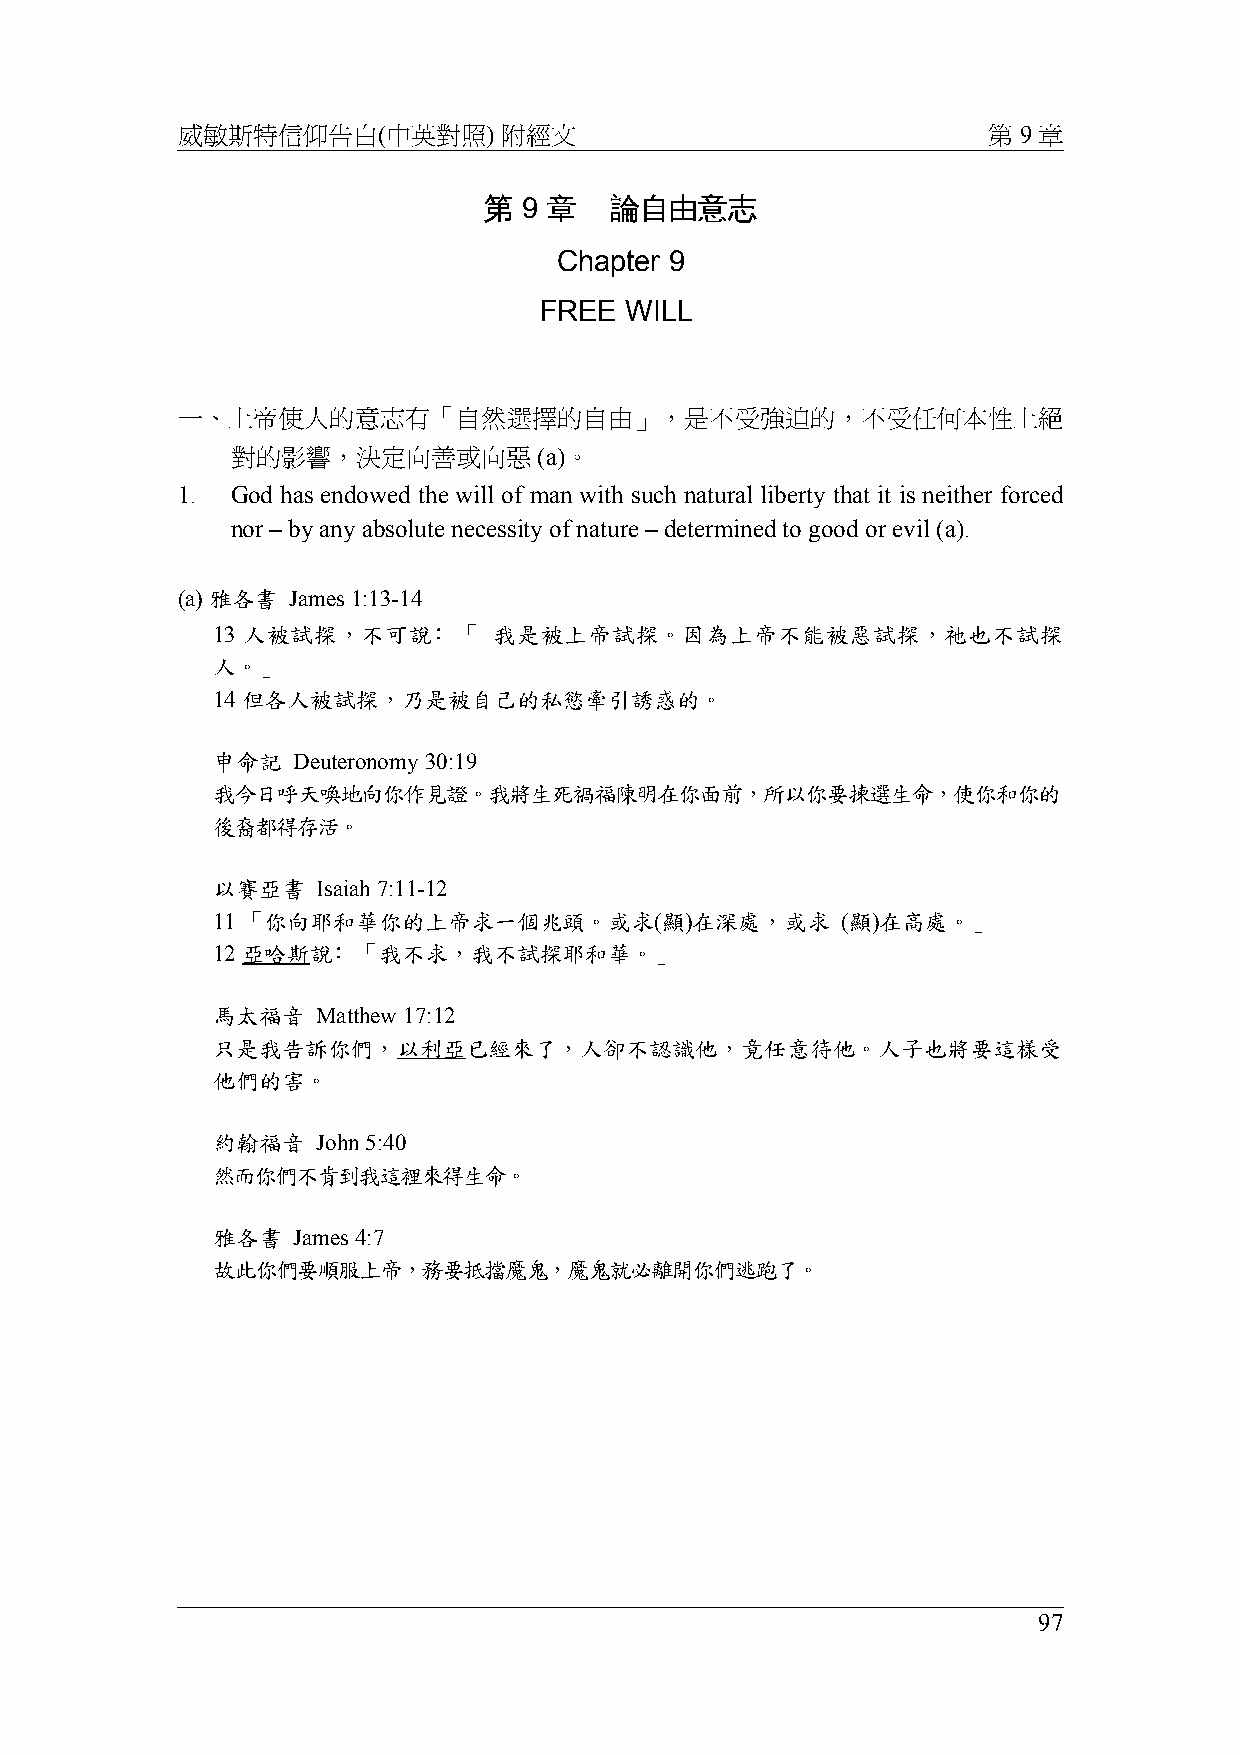
威敏斯特信仰告白(中英對照)       附經文                             第 9 章
 第  9 章  論自由意志
 Chapter 9
 FREE WILL
 一、上帝使人的意志有「自然選擇的自由」，是不受強迫的，不受任何本性上絕
 對的影響，決定向善或向惡         (a)。
 1. God has endowed the will of man with such natural liberty that it is neither forced
 nor – by any absolute necessity of nature – determined to good or evil (a).
 (a) 雅各書 James 1:13-14
 13 人被試探，不可說﹕「      我是被上帝試探。因為上帝不能被惡試探，祂也不試探
 人。」
 14 但各人被試探，乃是被自己的私慾牽引誘惑的。
 申命記  Deuteronomy 30:19
 我今日呼天喚地向你作見證。我將生死禍福陳明在你面前，所以你要揀選生命，使你和你的
 後裔都得存活。
 以賽亞書   Isaiah 7:11-12
 11 「你向耶和華你的上帝求一個兆頭。或求(顯)在深處，或求            (顯)在高處。」
 12 亞哈斯說﹕「我不求，我不試探耶和華。」
 馬太福音   Matthew 17:12
 只是我告訴你們，以利亞已經來了，人卻不認識他，竟任意待他。人子也將要這樣受
 他們的害。
 約翰福音   John 5:40
 然而你們不肯到我這裡來得生命。
 雅各書  James 4:7
 故此你們要順服上帝，務要抵擋魔鬼，魔鬼就必離開你們逃跑了。
 97